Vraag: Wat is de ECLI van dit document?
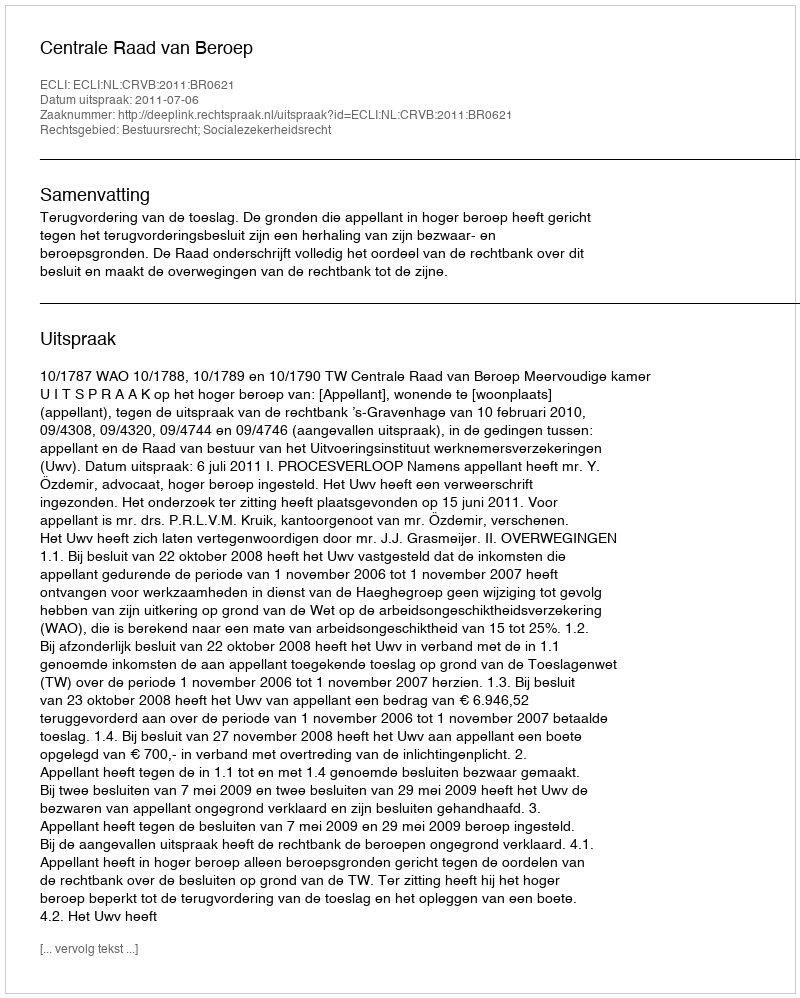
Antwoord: ECLI:NL:CRVB:2011:BR0621